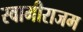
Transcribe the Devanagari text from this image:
स्वामीराजम